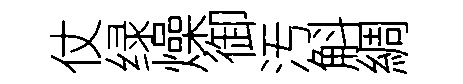
仗绿燥御汚斛綢